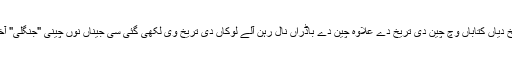
ایناں تریخ دیاں کتاباں وچ چین دی تریخ دے علاوہ چین دے باڈراں نال رہن آلے لوکاں دی تریخ وی لکھی گئی سی جیناں نوں چینی "جنگلی" آخدے سن۔